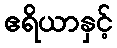
ဧရိယာနှင့်